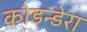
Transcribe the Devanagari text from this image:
कोडन्डेरा